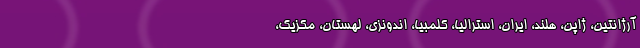
آرژانتین، ژاپن، هلند، ایران، استرالیا، کلمبیا، اندونزی، لهستان، مکزیک،